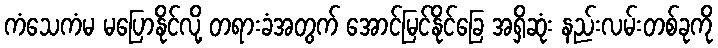
ကံသေကံမ မပြောနိုင်လို့ တရားခံအတွက် အောင်မြင်နိုင်ခြေ အရှိဆုံး နည်းလမ်းတစ်ခုကို